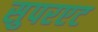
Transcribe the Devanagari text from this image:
सुपरएट